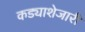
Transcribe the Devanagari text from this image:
कड्याशेजारी